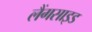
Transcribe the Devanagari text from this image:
लैंगसाइड